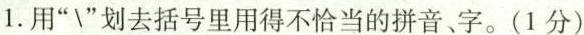
1.用”\”划去括号里用得不恰当的拼音、字。(1分)